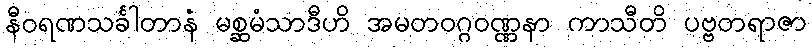
နီဝရဏသင်္ခါတာနံ မစ္ဆမံသာဒီဟိ အမတဝဂ္ဂဝဏ္ဏနာ ကာသီတိ ပဗ္ဗတရာဇာ